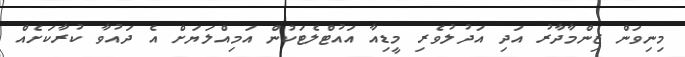
މިނިވަން ޒިންމާދާރު އަދި އަދުލުވެރި މީޑިއާ އައުޓްލެޓަކުން އަމިއްލަޔަށް އެ ދައުވާ ކުރާކަށެއް